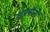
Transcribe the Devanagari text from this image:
शूरसैनी